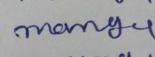
Signature authenticity: forged